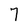
Character: 7